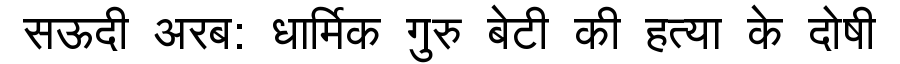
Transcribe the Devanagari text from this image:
सऊदी अरब: धार्मिक गुरु बेटी की हत्या के दोषी